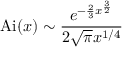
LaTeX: \operatorname { A i } ( x ) \sim { \frac { e ^ { - { \frac { 2 } { 3 } } x ^ { \frac { 3 } { 2 } } } } { 2 { \sqrt { \pi } } x ^ { 1 / 4 } } }